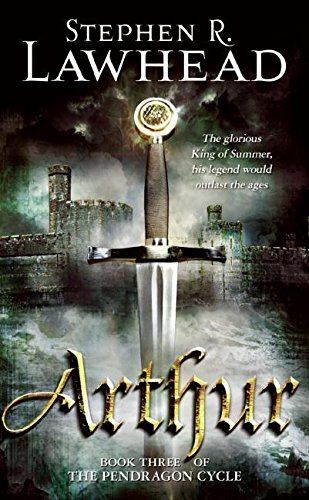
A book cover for Arthur (Pendragon Cycle); Stephen R. Lawhead; Science Fiction & Fantasy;